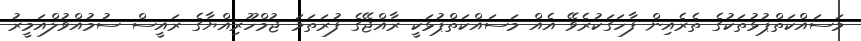
މަސައްކަތްޕުޅުތަކުގެ ތެރެއިން ފާހަގަކުރެވޭ އެއް މަސައްކަތްޕުޅަކީ ރާއްޖޭގެ ފުރަތަމަ ޖުމްހޫރިއްޔާގެ ރައީސް ސުމުއްވުލްއަމީރު